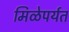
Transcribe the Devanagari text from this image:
मिळेपर्यत